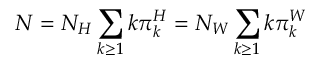
N = N _ { H } \sum _ { k \geq 1 } k \pi _ { k } ^ { H } = N _ { W } \sum _ { k \geq 1 } k \pi _ { k } ^ { W }